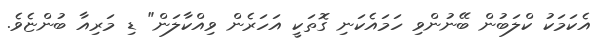
އެކަމަކު ކްލަބުން ބޭނުންވި ހަމައެކަނި ގޮތަކީ އަހަރެން ވިއްކާލަން" ޑި މަރިއާ ބުންޏެވެ.